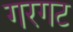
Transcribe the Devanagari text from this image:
गरगट